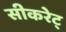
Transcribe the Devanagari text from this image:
सीकरेट्